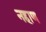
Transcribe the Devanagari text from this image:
नहाण